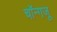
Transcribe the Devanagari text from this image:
चॉन्गजू